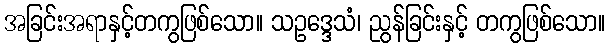
အခြင်းအရာနှင့်တကွဖြစ်သော။ သဥဒ္ဒေသံ၊ ညွန်ခြင်းနှင့် တကွဖြစ်သော။